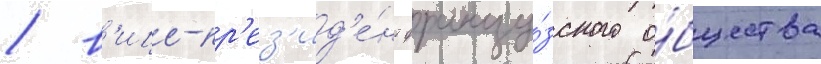
/ в'ице-пр'ез'ид'е́нт францу́зского о́бщества